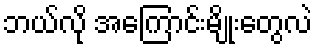
ဘယ်လို အကြောင်းမျိုးတွေလဲ